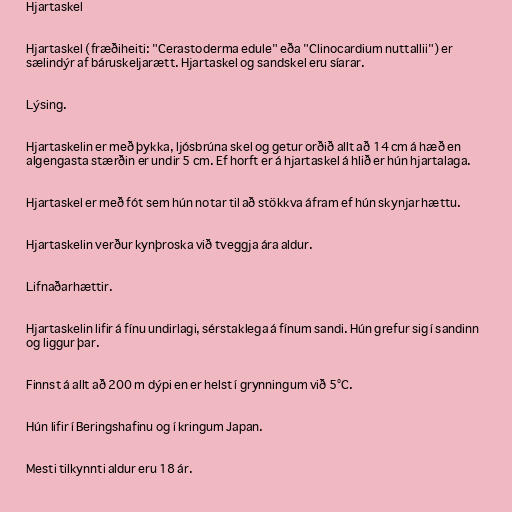
Hjartaskel

Hjartaskel (fræðiheiti: "Cerastoderma edule" eða "Clinocardium nuttallii") er
sælindýr af báruskeljarætt. Hjartaskel og sandskel eru síarar.

Lýsing.

Hjartaskelin er með þykka, ljósbrúna skel og getur orðið allt að 14 cm á hæð en
algengasta stærðin er undir 5 cm. Ef horft er á hjartaskel á hlið er hún hjartalaga.

Hjartaskel er með fót sem hún notar til að stökkva áfram ef hún skynjar hættu.

Hjartaskelin verður kynþroska við tveggja ára aldur.

Lifnaðarhættir.

Hjartaskelin lifir á fínu undirlagi, sérstaklega á fínum sandi. Hún grefur sig í sandinn
og liggur þar.

Finnst á allt að 200 m dýpi en er helst í grynningum við 5°C.

Hún lifir í Beringshafinu og í kringum Japan.

Mesti tilkynnti aldur eru 18 ár.